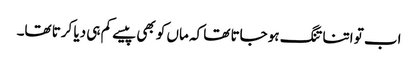
اب تو اتنا تنگ ہو جاتا تھا کہ ماں کو بھی پیسے کم ہی دیا کرتا تھا۔